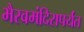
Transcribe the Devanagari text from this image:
भैरवमंदिरापर्यंत